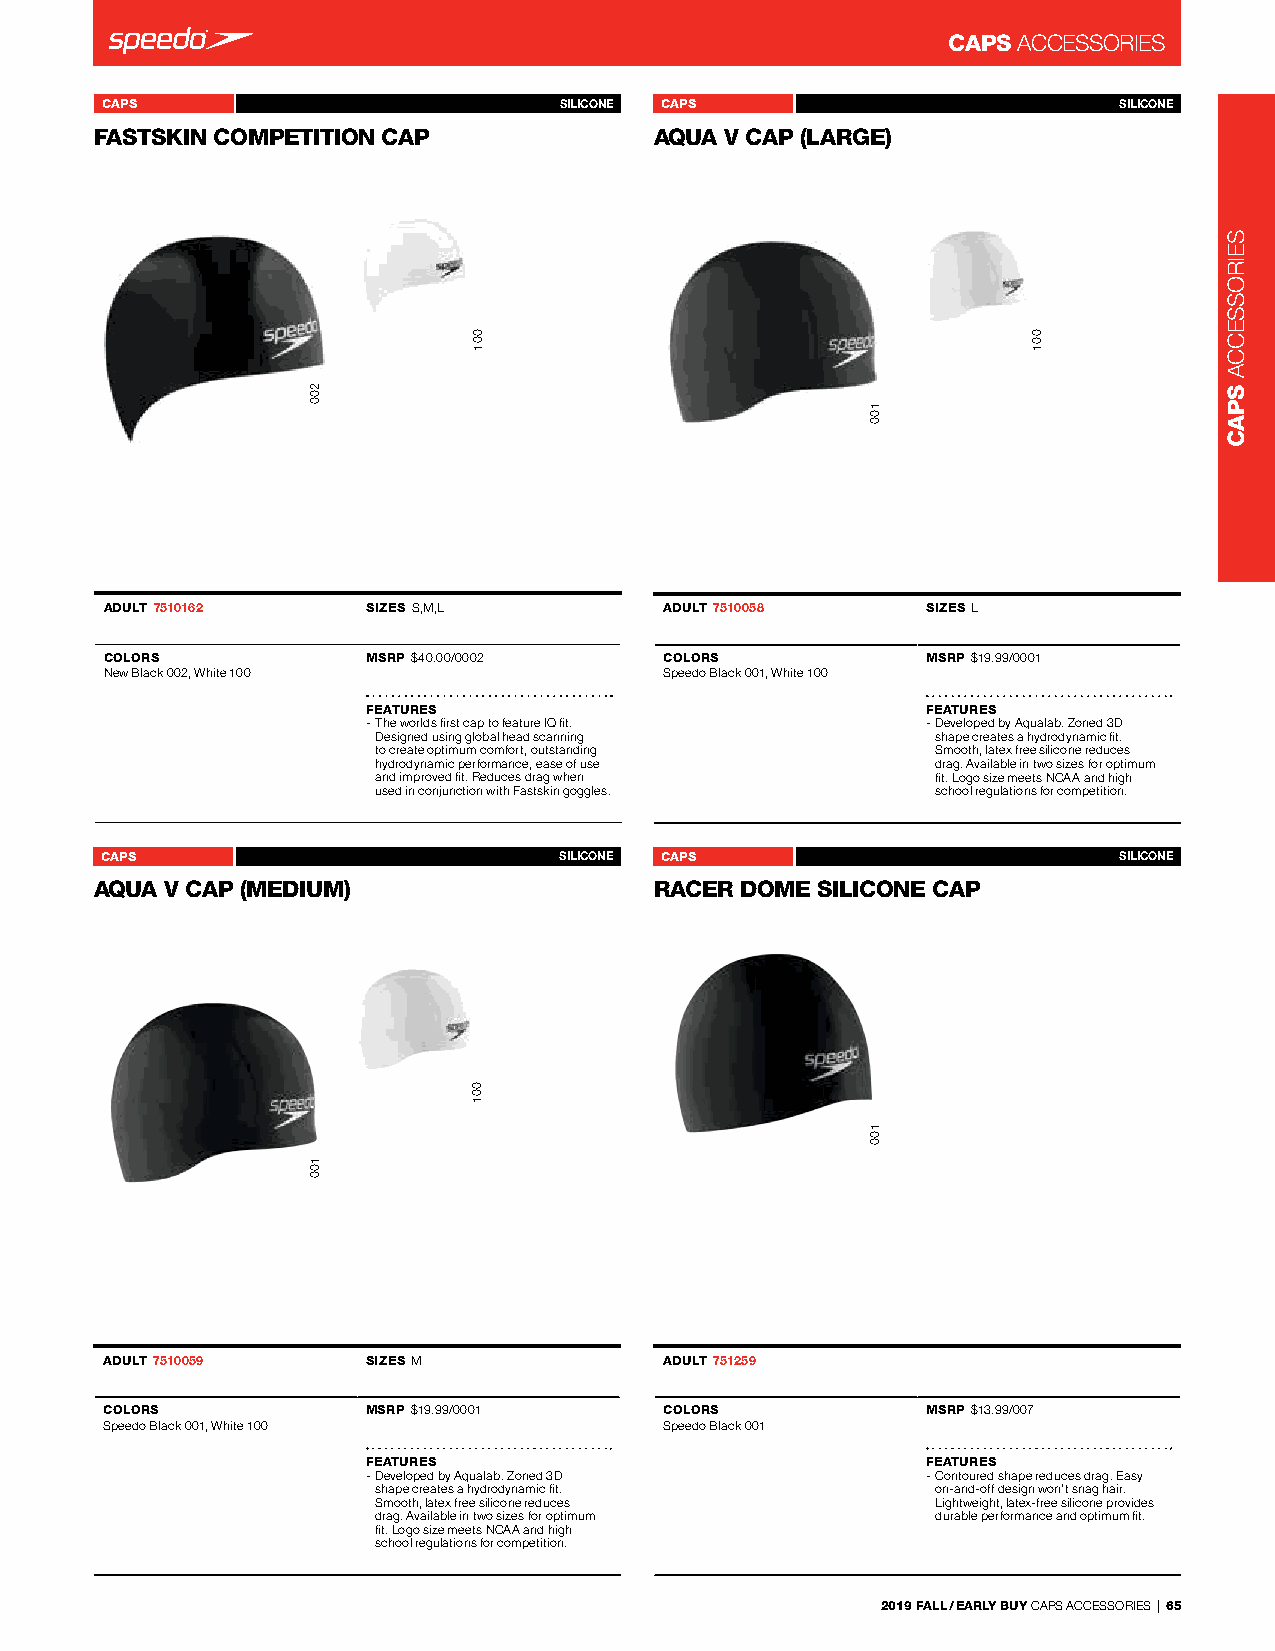
CAPS ACCessorIes
 CAPS             FASTSKIN COMPETITION CAP 7510162 SILICONE CAPS AQUA V CAP (LARGE) 7510058 SILICONE
 FASTSKIN COMPEATngIleTs FrIeeO BaNck 7C719A731P AQUA V CAP (LARGE) -
 Angles Free Back_7719731                 -
 ADULT 7510162    SIZES s,M,l         ADULT 7510058    SIZES l
 COLORS           MSRP $40.00/0002    COLORS           MSRP $19.99/0001
 new Black 002, White 100             speedo Black 001, White 100
 FEATURES                             FEATURES
 - The worlds first cap to feature IQ fit. - developed by Aqualab. Zoned 3d
 designed using global head scanning  shape creates a hydrodynamic fit.
 to create optimum comfort, outstanding smooth, latex free silicone reduces
 hydrodynamic performance, ease of use drag. Available in two sizes for optimum
 and improved fit. reduces drag when  fit. logo size meets nCAA and high
 used in conjunction with Fastskin goggles. school regulations for competition.
 CAPS              AQUA V CAP (MEDIUM) 7510059 SILICONE CAPS RACER DOME SILICONE CAP 751259 SILICONE
 AQUA V CAP (MEDIUM)-                 RACER DOME SILICONE- CAP
 -                                    -
 ADULT 7510059    SIZES M             ADULT 751259
 COLORS           MSRP $19.99/0001    COLORS           MSRP $13.99/007
 speedo Black 001, White 100          speedo Black 001
 FEATURES                             FEATURES
 - developed by Aqualab. Zoned 3d     - Contoured shape reduces drag. easy
 shape creates a hydrodynamic fit.    on-and-off design won’t snag hair.
 smooth, latex free silicone reduces  lightweight, latex-free silicone provides
 drag. Available in two sizes for optimum durable performance and optimum fit.
 fit. logo size meets nCAA and high
 school regulations for competition.
 2019 FALL / EARLY BUY CAPs ACCessorIes | 65
 200
 100
 001
 001
 100
 100
 001
 seIrosseCCA
 SPAC